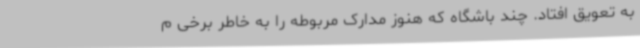
به تعویق افتاد. چند باشگاه که هنوز مدارک مربوطه را به خاطر برخی م